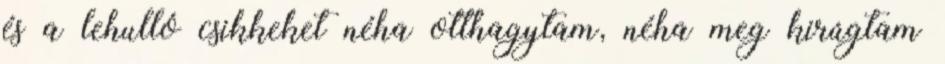
és a lehulló csikkeket néha otthagytam, néha meg kirúgtam